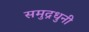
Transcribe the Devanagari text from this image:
समुद्रधुनी